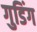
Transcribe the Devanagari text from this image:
गुडिंग